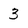
Character: 3